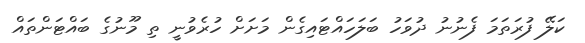
ކަލޭ ފުރަތަމަ ފެނުނު ދުވަހު ބަލަހައްޓައިގެން މަށަށް ހުރެވުނީ ތި މޫނުގެ ބައްޓަންތައް